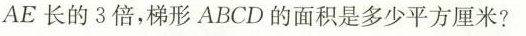
AE长的3倍，梯形ABCD的面积是多少平方厘米?